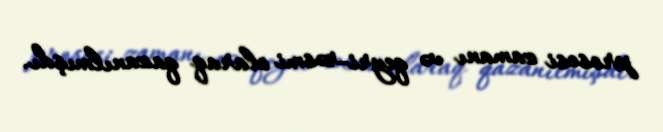
prosesi zamanı və qeyri-rəsmi olaraq qazanılmışdı.